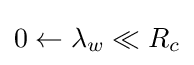
0\leftarrow \lambda _{w}\ll R_{c}